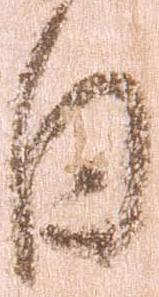
日